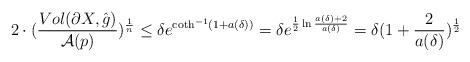
LaTeX: \begin{align*}2\cdot(\frac{Vol(\partial X,\hat{g})}{\mathcal{A}(p)})^{\frac{1}{n}}\leq \delta e^{\coth^{-1}(1+a(\delta))}=\delta e^{\frac{1}{2}\ln\frac{a(\delta)+2}{a(\delta)}}=\delta(1+\frac{2}{a(\delta)})^{\frac{1}{2}}\end{align*}